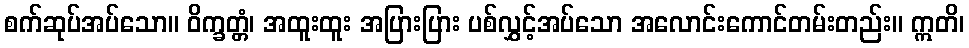
စက်ဆုပ်အပ်သော။ ဝိက္ခတ္တံ၊ အထူးထူး အပြားပြား ပစ်လွှင့်အပ်သော အလောင်းကောင်တမ်းတည်း။ ဣတိ၊